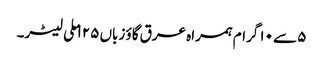
۵ سے ۱۰ گرام ہمراہ عرق گاؤ زباں ۱۲۵ ملی لیٹر۔